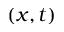
( x , t )